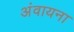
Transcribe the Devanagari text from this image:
अंवायना